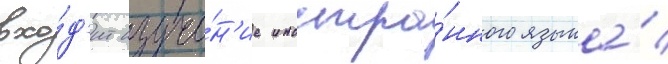
вхо́д'ит изуче́н'ие иностра́нного языка́